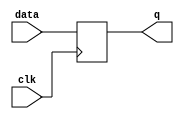
`timescale 1ns / 1ps
//////////////////////////////////////////////////////////////////////////////////
// Company: 
// Engineer: 
// 
// Design Name: 
// Module Name: FlipD
// Project Name: 
// Target Devices: 
// Tool Versions: 
// Description: 
// 
// Dependencies: 
// 
// Revision:
// Revision 0.01 - File Created
// Additional Comments:
// 
//////////////////////////////////////////////////////////////////////////////////



module FlipD(
    q,//
    data,
    clk);
output q;
input data,clk;
reg q;
initial
    begin
        q=0;
    end

always @ (posedge clk)
    begin
        q=data;
    end
endmodule